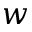
w